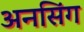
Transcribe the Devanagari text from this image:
अनसिंग